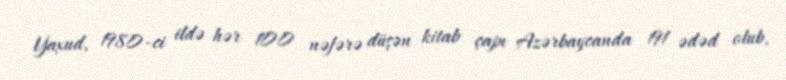
Yaxud, 1980-ci ildə hər 100 nəfərə düşən kitab çapı Azərbaycanda 191 ədəd olub,